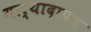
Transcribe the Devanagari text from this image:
मार्यादापत्र